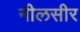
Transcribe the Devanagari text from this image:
नीलसीर